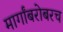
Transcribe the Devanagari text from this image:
मार्गांबरोबरच